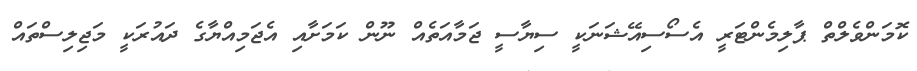
ކޮމަންވެލްތް ޕާލިމެންޓަރީ އެސޯސިއޭޝަނަކީ ސިޔާސީ ޖަމާއަތެއް ނޫން ކަމަށާއި އެޖަމިއްޔާގެ ދައުރަކީ މަޖިލިސްތައް